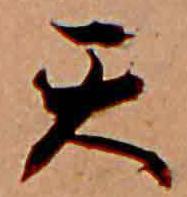
天